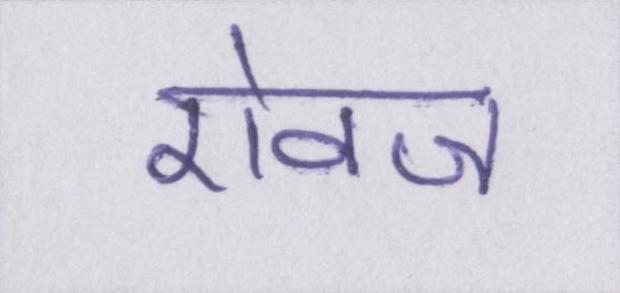
ऐवज